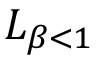
L _ { \beta < 1 }